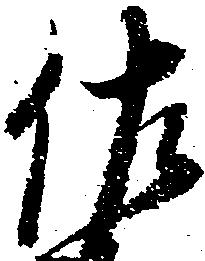
佐